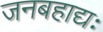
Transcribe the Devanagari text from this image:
जनबहाद्यः